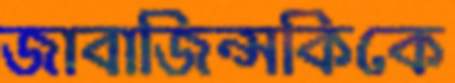
জাবাজিন্সকিকে